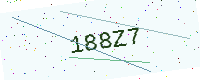
Text: 188Z7